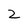
Character: Z